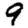
Digit: 9